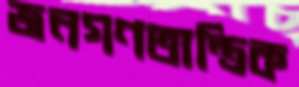
জনগণতান্ত্রিক